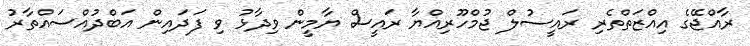
ރާއްޖޭގެ އިއްޒަތްތެރި ރައީސުލް ޖުމްހޫރިއްޔާ ރައީސް ޔާމީން ވިދާޅު ވި ފަދައިން އަބްދުއްސައްތާރު